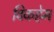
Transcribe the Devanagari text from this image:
विकहेम